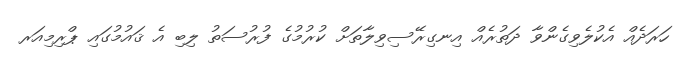
ހަރަދެއް އެކުލެވިގެންވާ ދަތުރެއް އިނގިރޭސިވިލާތަށް ކުރުމުގެ ފުރުސަތު ލިބި އެ ޤައުމުގައި ޕްރިމިއަރ